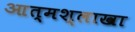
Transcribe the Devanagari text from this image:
आत्मश्लाखा